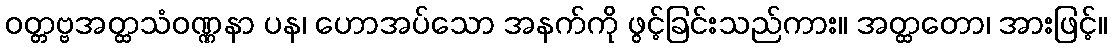
ဝတ္တဗ္ဗအတ္ထသံဝဏ္ဏနာ ပန၊ ဟောအပ်သော အနက်ကို ဖွင့်ခြင်းသည်ကား။ အတ္ထတော၊ အားဖြင့်။